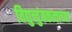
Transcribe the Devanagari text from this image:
विद्युच्चुंबकत्वाच्या